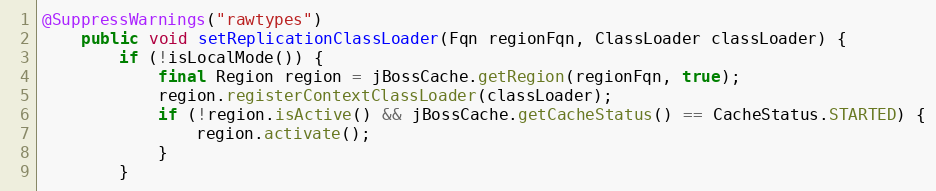
Language: Java
@SuppressWarnings("rawtypes")
	public void setReplicationClassLoader(Fqn regionFqn, ClassLoader classLoader) {
		if (!isLocalMode()) {
			final Region region = jBossCache.getRegion(regionFqn, true);
			region.registerContextClassLoader(classLoader);
			if (!region.isActive() && jBossCache.getCacheStatus() == CacheStatus.STARTED) {
				region.activate();
			}
		}